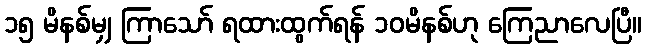
၁၅ မိနစ်မျှ ကြာသော် ရထားထွက်ရန် ၁၀မိနစ်ဟု ကြေညာလေပြီ။